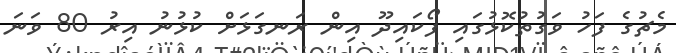
މެޗުގެ ފަހު ވަގުތުކޮޅުގައި ފޯކައިދޫ އިން ރަނގަޅަށް ކުޅުނު އިރު 80 ވަނަ